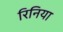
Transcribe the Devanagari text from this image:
रिनिया